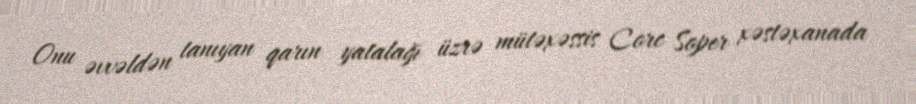
Onu əvvəldən tanıyan qarın yatalağı üzrə mütəxəssis Corc Soper xəstəxanada